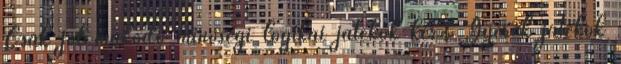
Csak jól működő minőségi logikai játékok ker& Gyerek játékok